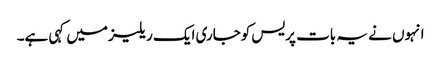
انہوں نے یہ بات پریس کوجاری ایک ریلیزمیں کہی ہے۔